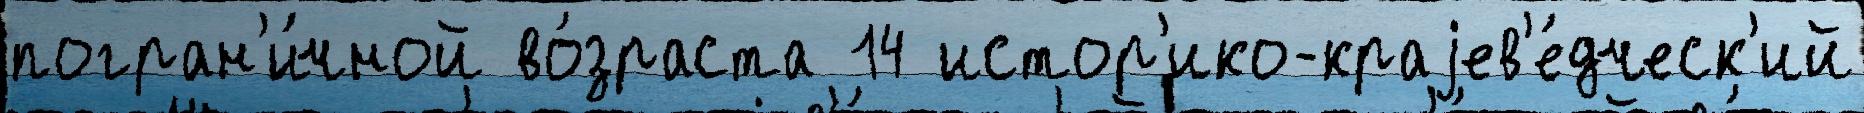
погран'и́чной во́зраста 14 истор'ико-краjев'е́дческ'ий